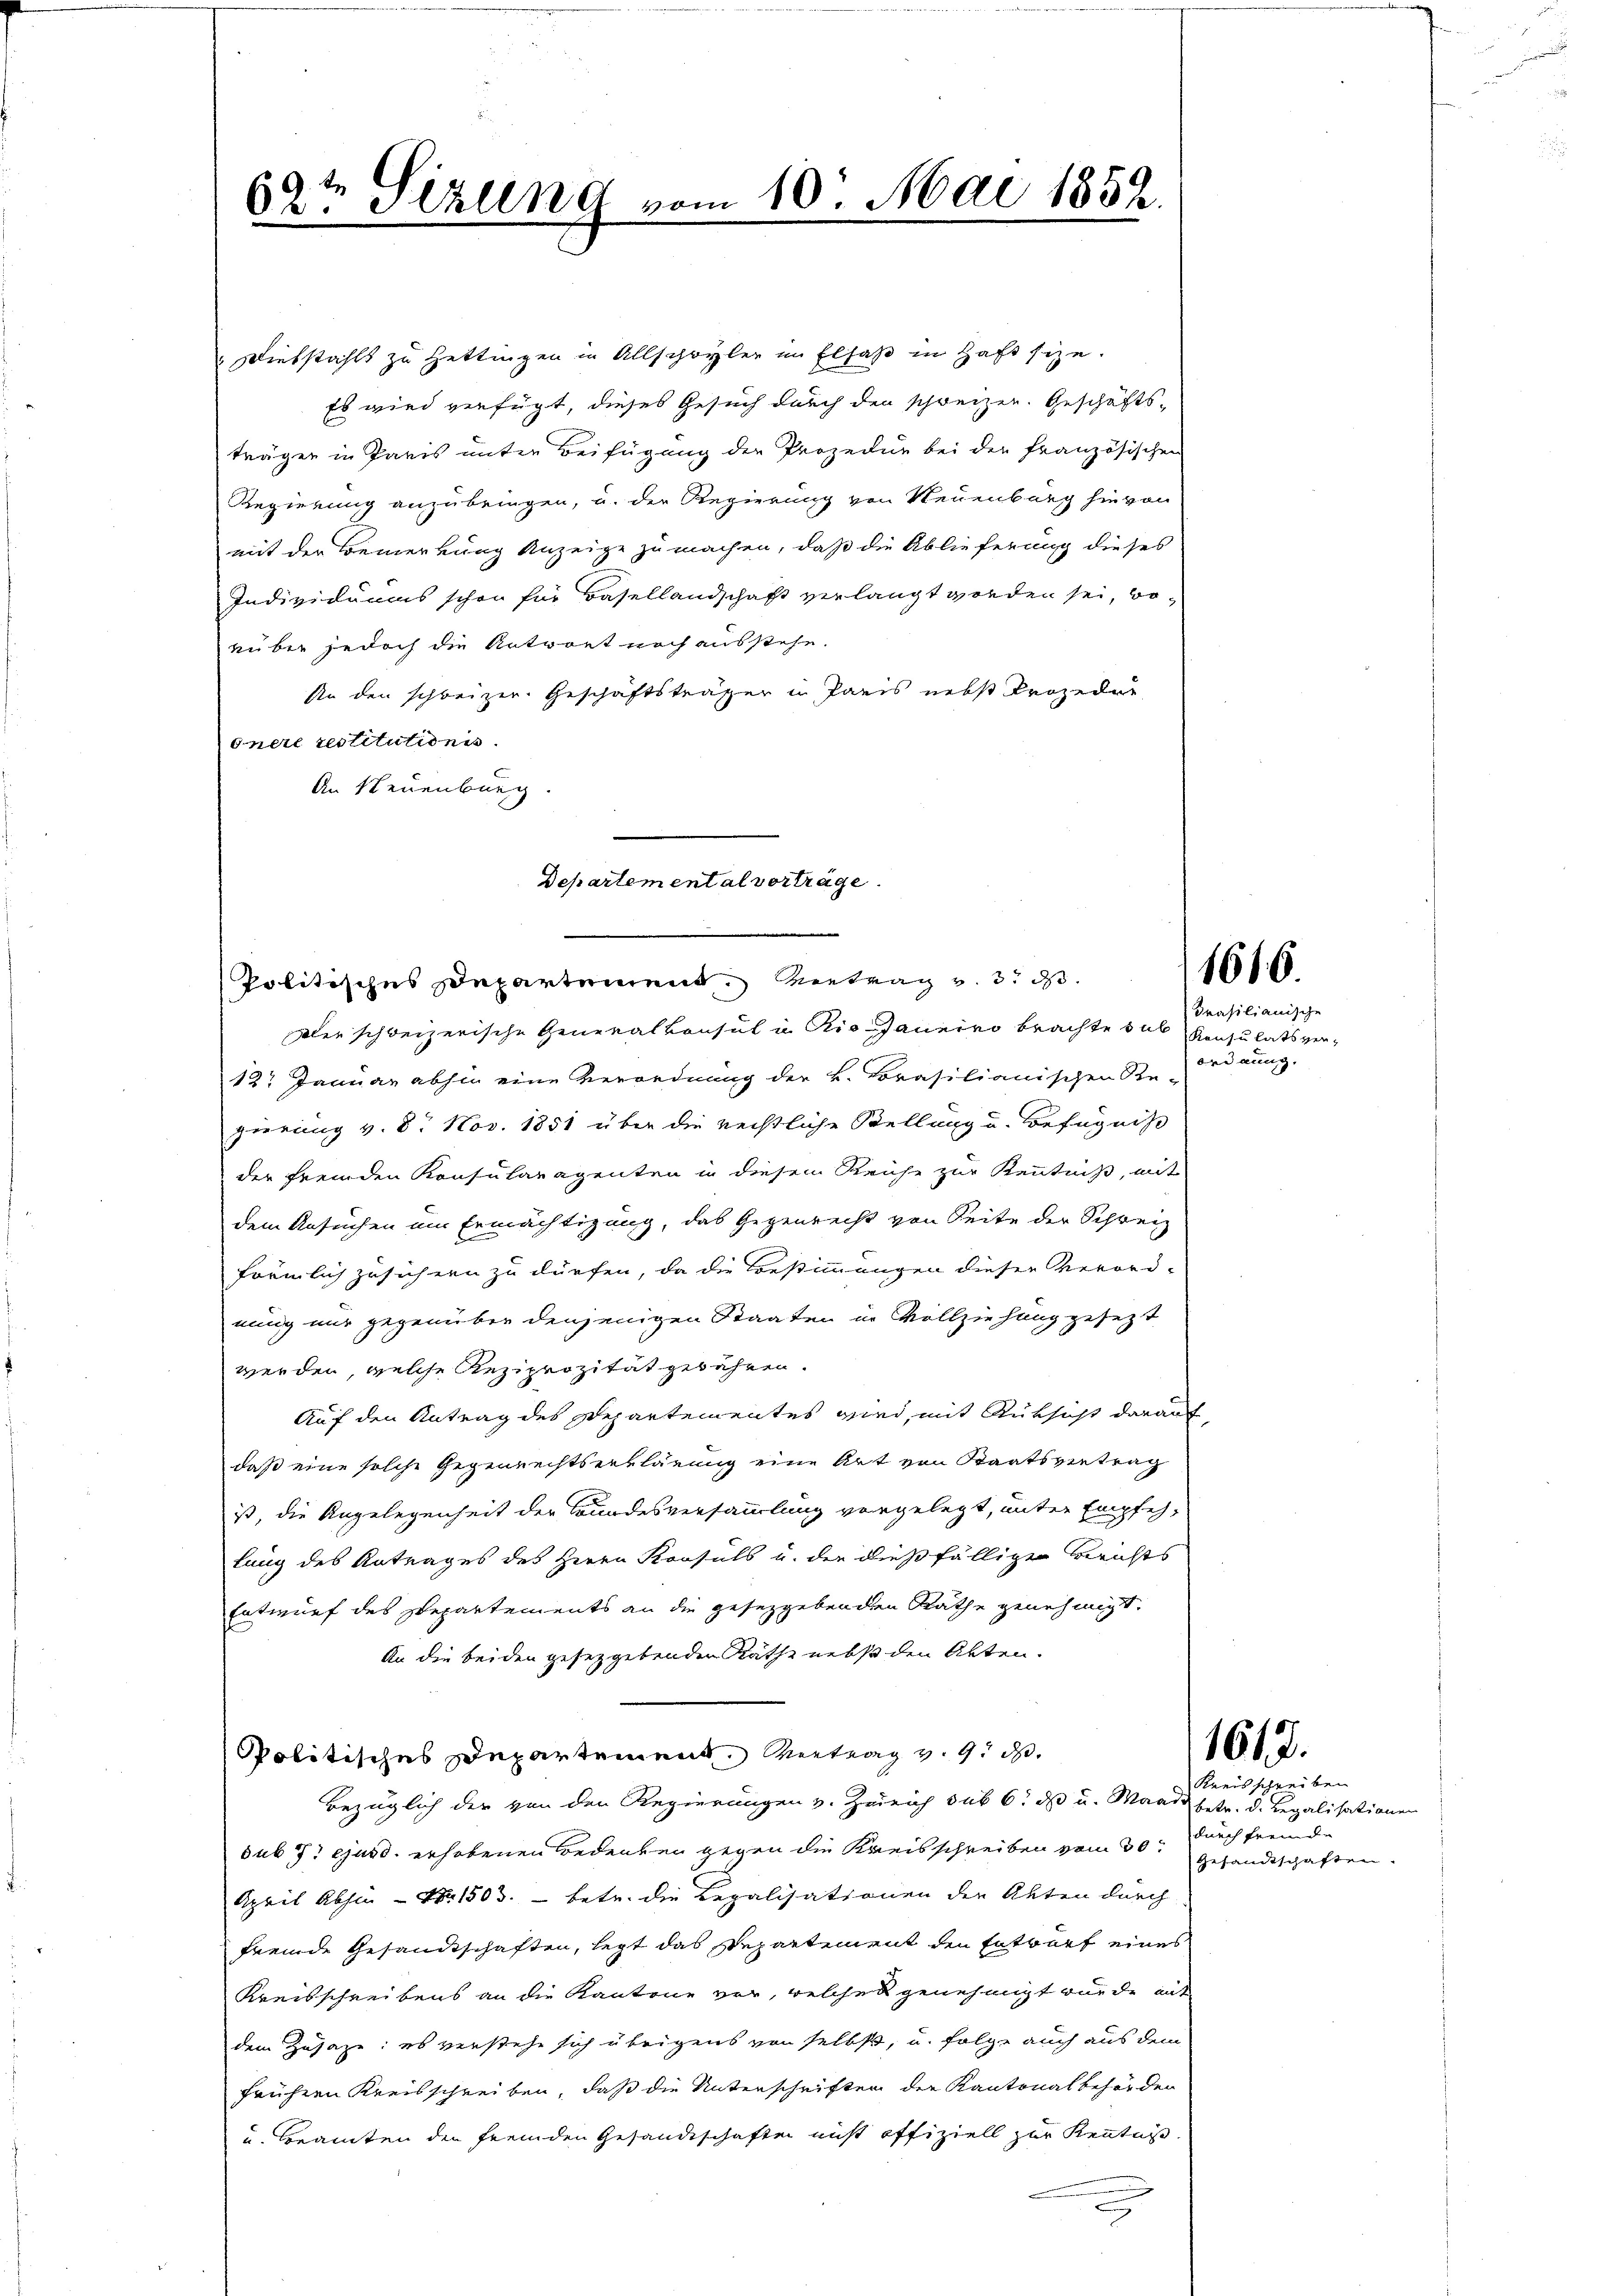
Diebstahls zu Hettingen in Allschwyler im Elsaß in Haft size.
Es wird verfügt, dieses Gesuch durch den schreizer. Geschäfts-
träger in Paris unter Beifügung der Prozedur bei der französischen
Regierung anzubringen, u. der Regierung von Neuenburg hievon
mit der Bemerkung Anzeige zu machen, daß die Ablieferung dieses
Individuums schon für Basellandschaft verlangt worden sei, worüber jedoch die Antwort noch ausstehe.
sin den schweizer. Geschäftsträger in Paris nebst Prozedur
onere restitutionis.
An Neuenburg

69te Sitzung vom 10. Mai 1852.

Departemental vorträge.
Politisches Departement. Vertrag v. 3. ds.

dler schweizerische Generalkonsul in Rio Janeiro brachte sul rasilianische
12t Januar abhin eine Verordnung der k. Vorasilianischen Re-
gierung v. 8. Nov. 1851 über die reistliche Stellung u. Befugniß
der fremden Konsularagenten in diesem Reihe zur Kenntniß, mit
dem Ansuchen um Ermächtigung, das Gegenrecht von Seite der Schreiz
föemlich zusichern zu dürfen, da die Bestimmungen dieser Verord-
nung nur gegenüber denjenigen Staaten in Vollziehung gesezt
werden, welche Reziprozität gewähren.
Auf den Antrag des Departementes wird, mit Rüksicht darauf
daß eine solche Gegenrechtserklärung eine Art von Staatsvertrag
ist, die Angelegenheit der Bundesversammlung vorgelegt, unter Empfehlung des Antrages des Herrn Konsuls u. der dießfälligen Berichts
Entwurf des Departements an die gesezgebenden Rathe genehmigt.
An die beiden gesetzgebenden Räthe nebst den Akten.
Politisches Departement. Vertrag v. 9. d.
bezüglich der von den Regierungen v. Zürich sub 6. ds u. Mande betr. d. Regalisationen
sub 7t ejusd. erhobenen Bedenken gegen die Kreisschreiben vom 30.
April abhin - No. 1503. betr. die Legalisationen der Akten durch
fremde Gesandtschaften, legt das Departement den Entwurf eines
Kreisschreibens an die Kantone vor, welches genehmigt wurde mit
dem Zusage: es verstehe sich übrigens von selbst, u. folge auch aus dem
frühern Kreisschreiben, daß die Unterschriften der Kantonalbehörden
u. Beamten den fremden Gesandtschaften nicht offiziell zur Kenntni

Konsulats ver¬
Ordnung.

1616

1612.

Kreisschreiben
durch fremde
Gesandtschaften.